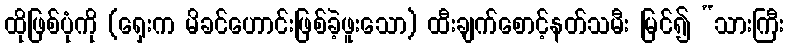
ထိုဖြစ်ပုံကို (ရှေးက မိခင်ဟောင်းဖြစ်ခဲ့ဖူးသော) ထီးချက်စောင့်နတ်သမီး မြင်၍ “သားကြီး